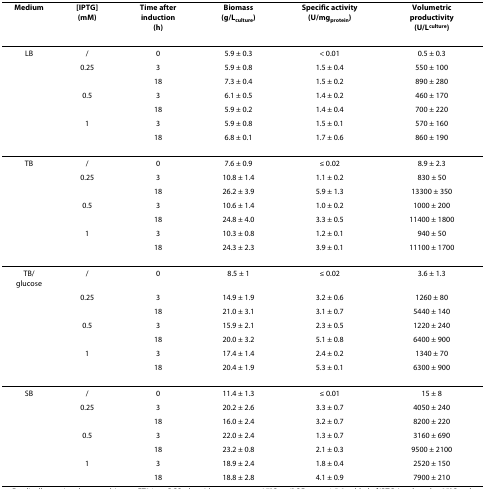
<table><thead><tr><td><b>Medium</b></td><td><b>[IPTG](mM)</b></td><td><b>Time after induction(h)</b></td><td><b>Biomass(g/L<sub>culture</sub>)</b></td><td><b>Specific activity(U/mg<sub>protein</sub>)</b></td><td><b>Volumetric productivity(U/L<sub>culture</sub>)</b></td></tr></thead><tbody><tr><td>LB</td><td>/</td><td>0</td><td>5.9 ± 0.3</td><td>&lt; 0.01</td><td>0.5 ± 0.3</td></tr><tr><td></td><td>0.25</td><td>3</td><td>5.9 ± 0.8</td><td>1.5 ± 0.4</td><td>550 ± 100</td></tr><tr><td></td><td></td><td>18</td><td>7.3 ± 0.4</td><td>1.5 ± 0.2</td><td>890 ± 280</td></tr><tr><td></td><td>0.5</td><td>3</td><td>6.1 ± 0.5</td><td>1.4 ± 0.2</td><td>460 ± 170</td></tr><tr><td></td><td></td><td>18</td><td>5.9 ± 0.2</td><td>1.4 ± 0.4</td><td>700 ± 220</td></tr><tr><td></td><td>1</td><td>3</td><td>5.9 ± 0.8</td><td>1.5 ± 0.1</td><td>570 ± 160</td></tr><tr><td></td><td></td><td>18</td><td>6.8 ± 0.1</td><td>1.7 ± 0.6</td><td>860 ± 190</td></tr><tr><td>TB</td><td>/</td><td>0</td><td>7.6 ± 0.9</td><td>≤ 0.02</td><td>8.9 ± 2.3</td></tr><tr><td></td><td>0.25</td><td>3</td><td>10.8 ± 1.4</td><td>1.1 ± 0.2</td><td>830 ± 50</td></tr><tr><td></td><td></td><td>18</td><td>26.2 ± 3.9</td><td>5.9 ± 1.3</td><td>13300 ± 350</td></tr><tr><td></td><td>0.5</td><td>3</td><td>10.6 ± 1.4</td><td>1.0 ± 0.2</td><td>1000 ± 200</td></tr><tr><td></td><td></td><td>18</td><td>24.8 ± 4.0</td><td>3.3 ± 0.5</td><td>11400 ± 1800</td></tr><tr><td></td><td>1</td><td>3</td><td>10.3 ± 0.8</td><td>1.2 ± 0.1</td><td>940 ± 50</td></tr><tr><td></td><td></td><td>18</td><td>24.3 ± 2.3</td><td>3.9 ± 0.1</td><td>11100 ± 1700</td></tr><tr><td>TB/glucose</td><td>/</td><td>0</td><td>8.5 ± 1</td><td>≤ 0.02</td><td>3.6 ± 1.3</td></tr><tr><td></td><td>0.25</td><td>3</td><td>14.9 ± 1.9</td><td>3.2 ± 0.6</td><td>1260 ± 80</td></tr><tr><td></td><td></td><td>18</td><td>21.0 ± 3.1</td><td>3.1 ± 0.7</td><td>5440 ± 140</td></tr><tr><td></td><td>0.5</td><td>3</td><td>15.9 ± 2.1</td><td>2.3 ± 0.5</td><td>1220 ± 240</td></tr><tr><td></td><td></td><td>18</td><td>20.0 ± 3.2</td><td>5.1 ± 0.8</td><td>6400 ± 900</td></tr><tr><td></td><td>1</td><td>3</td><td>17.4 ± 1.4</td><td>2.4 ± 0.2</td><td>1340 ± 70</td></tr><tr><td></td><td></td><td>18</td><td>20.4 ± 1.9</td><td>5.3 ± 0.1</td><td>6300 ± 900</td></tr><tr><td>SB</td><td>/</td><td>0</td><td>11.4 ± 1.3</td><td>≤ 0.01</td><td>15 ± 8</td></tr><tr><td></td><td>0.25</td><td>3</td><td>20.2 ± 2.6</td><td>3.3 ± 0.7</td><td>4050 ± 240</td></tr><tr><td></td><td></td><td>18</td><td>16.0 ± 2.4</td><td>3.2 ± 0.7</td><td>8200 ± 220</td></tr><tr><td></td><td>0.5</td><td>3</td><td>22.0 ± 2.4</td><td>1.3 ± 0.7</td><td>3160 ± 690</td></tr><tr><td></td><td></td><td>18</td><td>23.2 ± 0.8</td><td>2.1 ± 0.3</td><td>9500 ± 2100</td></tr><tr><td></td><td>1</td><td>3</td><td>18.9 ± 2.4</td><td>1.8 ± 0.4</td><td>2520 ± 150</td></tr><tr><td></td><td></td><td>18</td><td>18.8 ± 2.8</td><td>4.1 ± 0.9</td><td>7900 ± 210</td></tr></tbody></table>